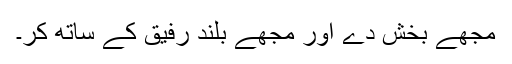
مجھے بخش دے اور مجھے بلند رفیق کے ساتھ کر۔